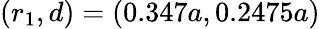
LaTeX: (r_{1},d)=(0.347a,0.2475a)